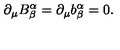
\partial _ { \mu } B _ { \beta } ^ { \alpha } = \partial _ { \mu } b _ { \beta } ^ { \alpha } = 0 .